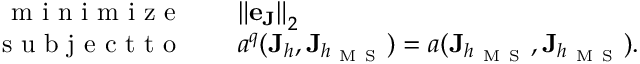
\begin{array} { r } { \begin{array} { r l } { \mathrm { ~ m ~ i ~ n ~ i ~ m ~ i ~ z ~ e ~ } \quad } & { { \| \mathbf { e } _ { \mathbf { J } } \| } _ { 2 } } \\ { \mathrm { ~ s ~ u ~ b ~ j ~ e ~ c ~ t ~ t ~ o ~ } \quad } & { a ^ { q } ( \mathbf { J } _ { h } , \mathbf { J } _ { h _ { \mathrm { ~ M ~ S ~ } } } ) = a ( \mathbf { J } _ { h _ { \mathrm { ~ M ~ S ~ } } } , \mathbf { J } _ { h _ { \mathrm { ~ M ~ S ~ } } } ) . } \end{array} } \end{array}